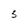
Character: 3